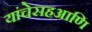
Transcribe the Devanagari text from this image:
यांचेसहआणि